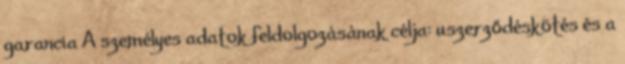
garancia A személyes adatok feldolgozásának célja: uszerződéskötés és a